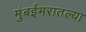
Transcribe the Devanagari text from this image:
मुंबईभरातल्या